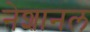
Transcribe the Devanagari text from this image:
नेशानल